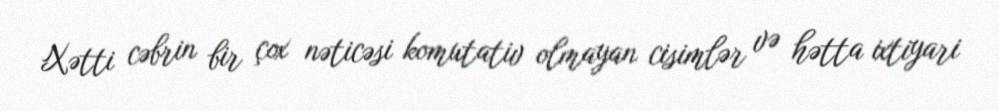
Xətti cəbrin bir çox nəticəsi komutativ olmayan cisimlər və hətta ixtiyari